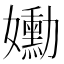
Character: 𡤂